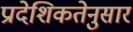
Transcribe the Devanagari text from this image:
प्रादेशिकतेनुसार